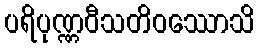
ပရိပုဏ္ဏဝီသတိဝဿောသိ